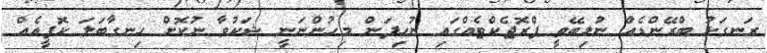
ރަނގަޅު ބްރޭންޑެއް ނުލިބޭތީ ޕްރޮޖެކްޓެއްގައި ނުހިފަން މިހުންނަނީ ޝަކުވާ ނުކޮށް ހިނގާބަލަ ކޮފީއެއް